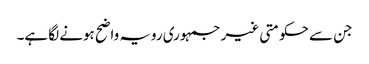
جن سے حکومتی غیر جمہوری رویہ واضح ہونے لگا ہے۔